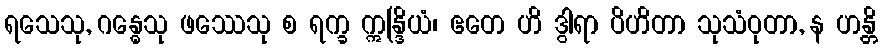
ရသေသု, ဂန္ဓေသု ဖဿေသု စ ရက္ခ ဣန္ဒြိယံ၊ ဧတေ ဟိ ဒွါရာ ပိဟိတာ သုသံဝုတာ, န ဟန္တိ